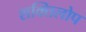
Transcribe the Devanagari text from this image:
शक्तिलोप